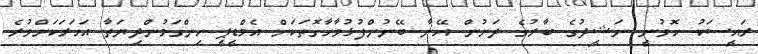
ރައީސަކު ހޮވުނީ ނަޝީދުގެ ބާރުގެ ދަށުން އޭނާ ބޭނުންފުޅުވާހާގޮތަކަށް އެމްޑީޕީ ހިންގަމުންދިޔަތާ އަހަރަކަށްވުރެ